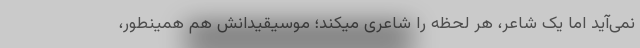
نمی‌آید اما یک شاعر، هر لحظه را شاعری میکند؛ موسیقیدانش هم همینطور،